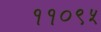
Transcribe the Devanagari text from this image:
११०९५